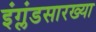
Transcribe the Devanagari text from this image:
इंग्लंडसारख्या